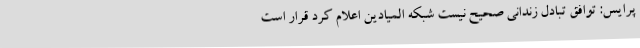
پرایس: توافق تبادل زندانی صحیح نیست شبکه المیادین اعلام کرد قرار است